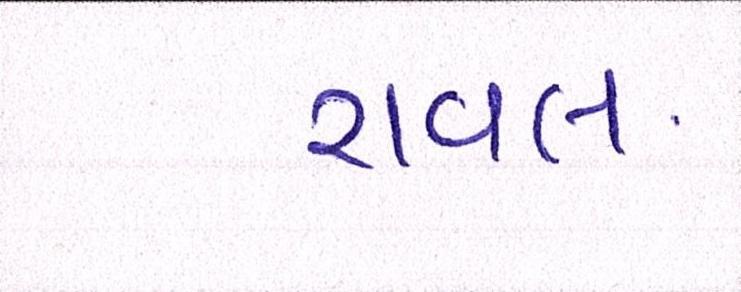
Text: રાવલ